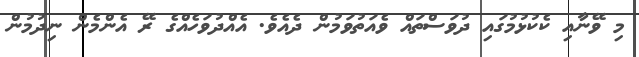
މި ވޭނާއި ކެކުޅުމުގައި ދުވަސްތައް ވެއަތުވަމުން ދެއެވެ. އެއްދުވަހެއްގެ ރޭ އެންމެން ނިދުމުން